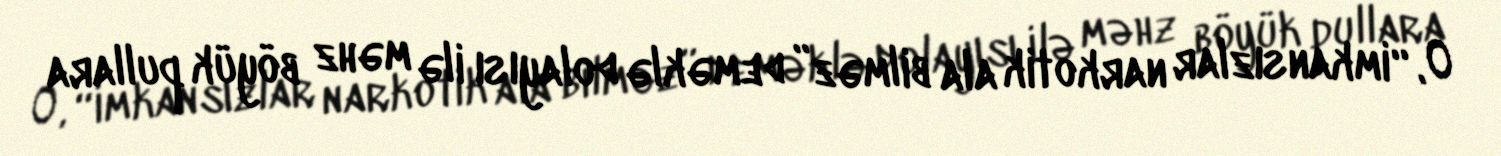
O, “imkansızlar narkotik ala bilməz” deməklə dolayısı ilə məhz böyük pullara